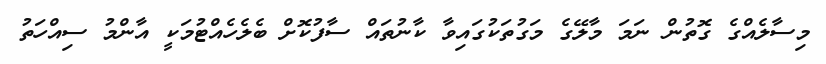
މިސާލެއްގެ ގޮތުން ނަމަ މާލޭގެ މަގުތަކުގައިވާ ކާނުތައް ސާފުކޮށް ބެލެހެއްޓުމަކީ އާންމު ސިއްހަތު